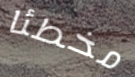
مخطئا